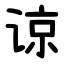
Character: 谅